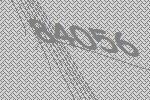
84056